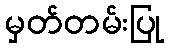
မှတ်တမ်းပြု